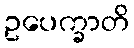
ဥပေက္ခာတိ